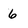
Character: 6